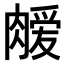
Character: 𫆫